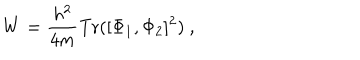
W = { \frac { h ^ { 2 } } { 4 m } } \mathrm { T r } ( [ \Phi _ { 1 } , \Phi _ { 2 } ] ^ { 2 } ) \ ,